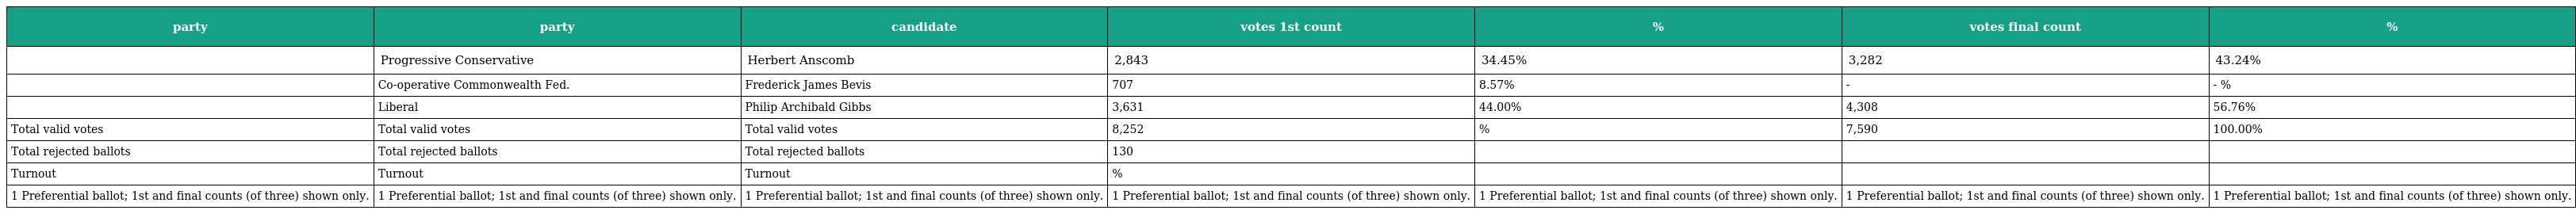
| party | party | candidate | votes 1st count | % | votes final count | % |
 | --- | --- | --- | --- | --- | --- | --- |
 |  | Progressive Conservative | Herbert Anscomb | 2,843 | 34.45% | 3,282 | 43.24% |
 |  | Co-operative Commonwealth Fed. | Frederick James Bevis | 707 | 8.57% | - | - % |
 |  | Liberal | Philip Archibald Gibbs | 3,631 | 44.00% | 4,308 | 56.76% |
 | Total valid votes | Total valid votes | Total valid votes | 8,252 | % | 7,590 | 100.00% |
 | Total rejected ballots | Total rejected ballots | Total rejected ballots | 130 |  |  |  |
 | Turnout | Turnout | Turnout | % |  |  |  |
 | 1 Preferential ballot; 1st and final counts (of three) shown only. | 1 Preferential ballot; 1st and final counts (of three) shown only. | 1 Preferential ballot; 1st and final counts (of three) shown only. | 1 Preferential ballot; 1st and final counts (of three) shown only. | 1 Preferential ballot; 1st and final counts (of three) shown only. | 1 Preferential ballot; 1st and final counts (of three) shown only. | 1 Preferential ballot; 1st and final counts (of three) shown only. |